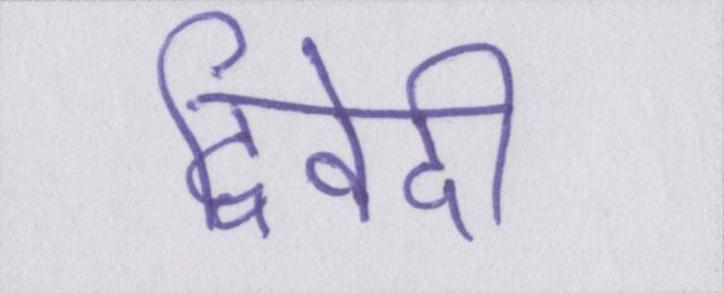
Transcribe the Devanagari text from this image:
द्विवेदी